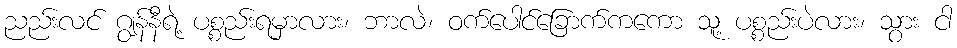
ညည်းလင် ဂျွန်နီရဲ့ ပစ္စည်းရမှာလား၊ ဘာလဲ၊ ဝက်ပေါင်ခြောက်ကကော သူ့ ပစ္စည်းပဲလား၊ သွား ငါ